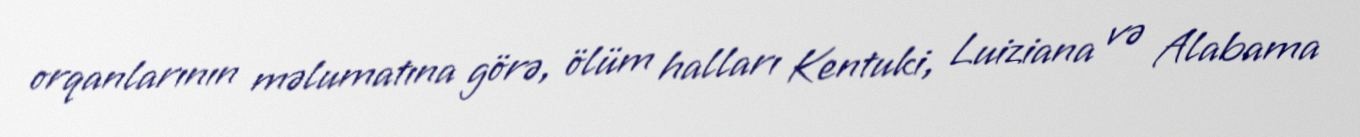
orqanlarının məlumatına görə, ölüm halları Kentuki, Luiziana və Alabama